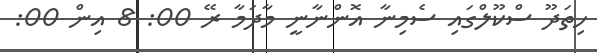
ހިތަދޫ ސްކޫލްގައި ސެމިނާ އޮންނާނީ މާދަމާ ރޭ 00: 8 އިން 00: